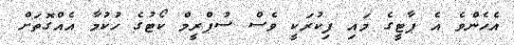
އެހެންވެ އެ ޕާޓީގެ މައި ފިކުރަކީ ވެސް ސުޕްރީމް ކޯޓުގެ ހުކުމާ އެއްގޮތަށް